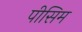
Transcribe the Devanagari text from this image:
पीसिम